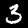
Digit: 3